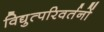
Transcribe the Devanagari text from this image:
विद्युत्परिवर्तनों